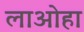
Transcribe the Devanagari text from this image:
लाओहा